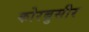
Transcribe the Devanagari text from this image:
कोरबुसीर